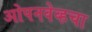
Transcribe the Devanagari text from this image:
ओपनवेव्हचा